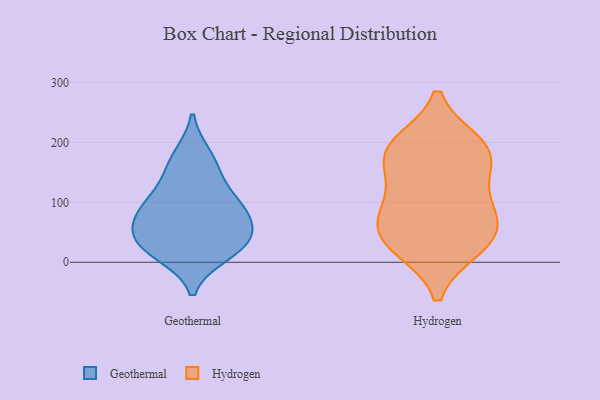
{"axis": {"x": "Energy Usage (MWh)", "y": "Value"}, "legend": ["Geothermal", "Hydrogen"], "data": [{"x": "", "y": 178, "type": "Geothermal"}, {"x": "", "y": 107, "type": "Geothermal"}, {"x": "", "y": 38, "type": "Geothermal"}, {"x": "", "y": 94, "type": "Geothermal"}, {"x": "", "y": 14, "type": "Geothermal"}, {"x": "", "y": 78, "type": "Geothermal"}, {"x": "", "y": 149, "type": "Geothermal"}, {"x": "", "y": 23, "type": "Geothermal"}, {"x": "", "y": 41, "type": "Geothermal"}, {"x": "", "y": 69, "type": "Geothermal"}, {"x": "", "y": 196, "type": "Hydrogen"}, {"x": "", "y": 59, "type": "Hydrogen"}, {"x": "", "y": 131, "type": "Hydrogen"}, {"x": "", "y": 26, "type": "Hydrogen"}, {"x": "", "y": 184, "type": "Hydrogen"}, {"x": "", "y": 180, "type": "Hydrogen"}, {"x": "", "y": 78, "type": "Hydrogen"}, {"x": "", "y": 98, "type": "Hydrogen"}, {"x": "", "y": 49, "type": "Hydrogen"}, {"x": "", "y": 25, "type": "Hydrogen"}, {"x": "", "y": 185, "type": "Hydrogen"}]}